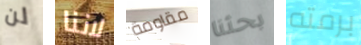
لن لاننا مقاومة بحثنا برمته